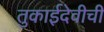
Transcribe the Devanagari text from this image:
तुकाईदेवीची